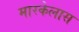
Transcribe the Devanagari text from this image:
मारकेलास